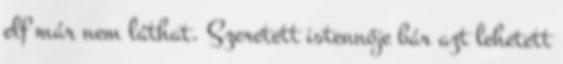
elf már nem láthat. Szeretett istennője bár azt lehetett